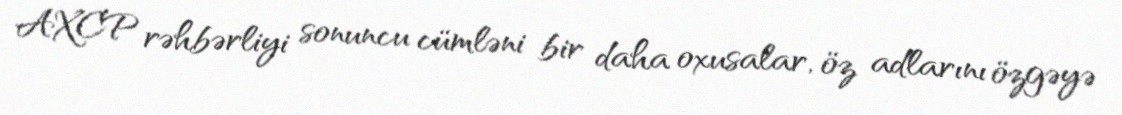
AXCP rəhbərliyi sonuncu cümləni bir daha oxusalar, öz adlarını özgəyə